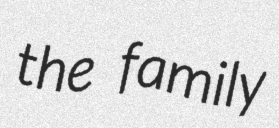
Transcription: the family